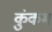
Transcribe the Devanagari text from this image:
कुंकम